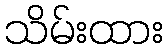
သိမ်းထား